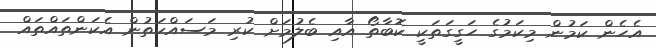
އެހެން ކަމުން މިކަމުގެ ހަގީގަތަކީ ކޮބާތޯ އާއި ބެލުމަށް ކުރި މަސައްކަތުން އެކަންތައްތައް